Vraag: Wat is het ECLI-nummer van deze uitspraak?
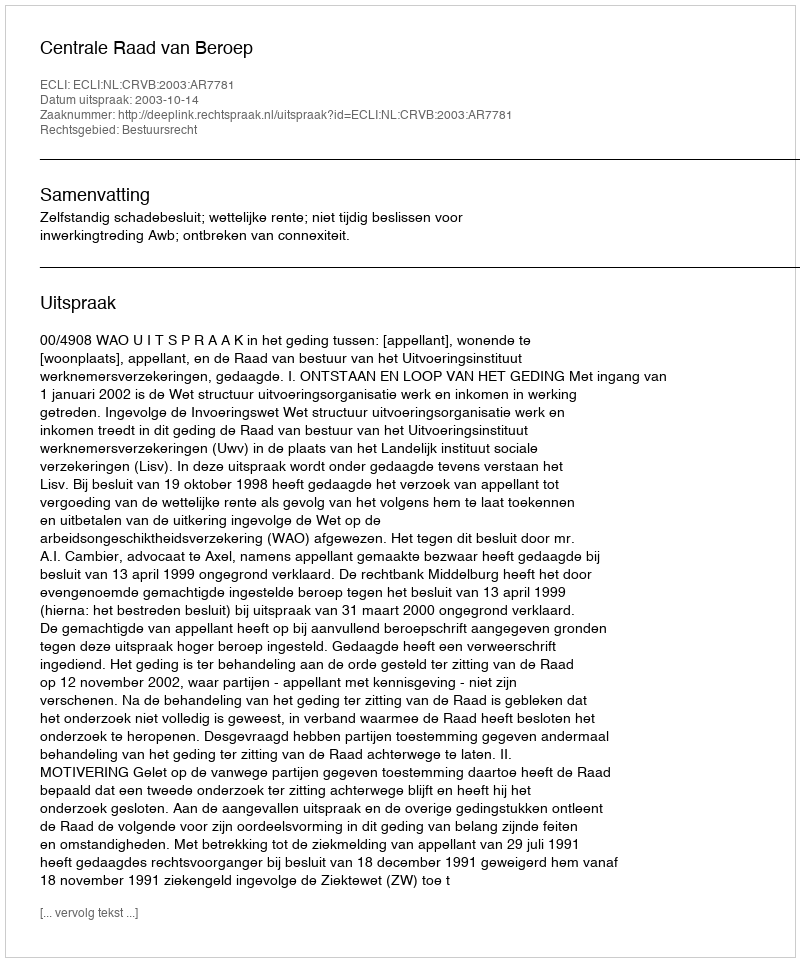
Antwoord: ECLI:NL:CRVB:2003:AR7781